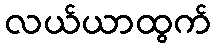
လယ်ယာထွက်